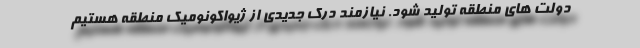
دولت های منطقه تولید شود. نیازمند درک جدیدی از ژیواکونومیک منطقه هستیم